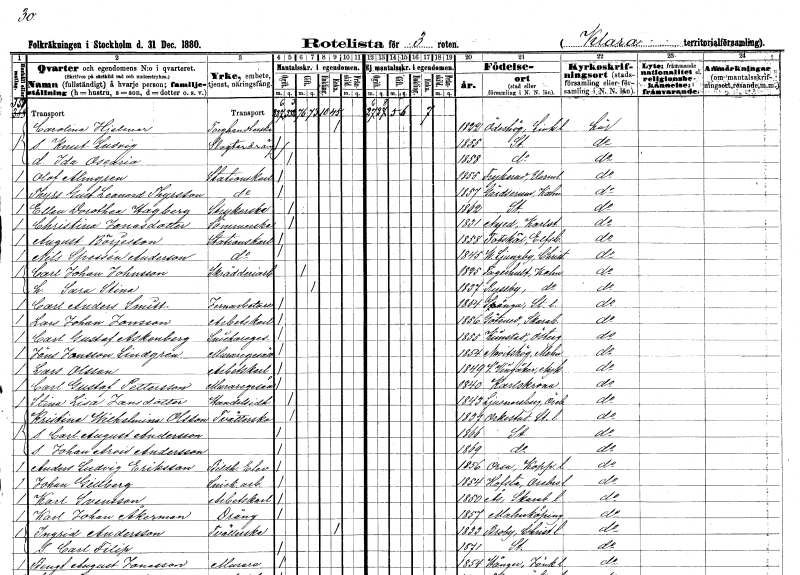
gt_parse: households: individuals: FN: Carolina
EN: Hjelmer
YRKE: Torghandlare
KON: K
CIV: E
FODAR: 1822
FODFORS: Ödeshög Östergötlands län
FN: Knut Ludvig
YRKE: Slaktardräng
KON: M
CIV: O
FODAR: 1855
FODFORS: Stockholm
FN: Ida Oscaria
KON: K
CIV: O
FODAR: 1858
FODFORS: Stockholm
FN: Olof
EN: Almgren
YRKE: Stationskarl
KON: M
CIV: O
FODAR: 1855
FODFORS: Frykerud Värmlands län
FN: Thyrs Gustaf Leonard
EN: Thyrsson
YRKE: Stationskarl
KON: M
CIV: O
FODAR: 1857
FODFORS: Gärdserum Östergötlands län
FN: Ellen Dorothea
EN: Hagberg
YRKE: Strykerska
KON: K
CIV: O
FODAR: 1862
FODFORS: Stockholm
FN: Christina
EN: Jonasdotter
YRKE: Sömmerska
KON: K
CIV: O
FODAR: 1831
FODFORS: Nyed Värmlands län
FN: August
EN: Börjesson
YRKE: Stationskarl
KON: M
CIV: O
FODAR: 1858
FODFORS: Fotskäl Älvsborgs län
FN: Nils
EN: Spessén Anderson
YRKE: Stationskarl
KON: M
CIV: O
FODAR: 1845
FODFORS: Västra Ljungby Kristianstads län
FN: Carl Johan
EN: Johnsson
YRKE: Skrädderiarbetare
KON: M
CIV: G
FODAR: 1825
FODFORS: Fagerhult Kalmar län
FN: Sara Stina
KON: K
CIV: G
FODAR: 1837
FODFORS: Ryssby Kalmar län
FN: Carl Anders
EN: Smitt
YRKE: Järnarbetare
KON: M
CIV: O
FODAR: 1854
FODFORS: Spånga Stockholms län
FN: Lars Johan
EN: Jonsson
YRKE: Arbetskarl
KON: M
CIV: O
FODAR: 1856
FODFORS: Götene Skaraborgs län
FN: Carl Gustaf
EN: Askenberg
YRKE: Snickaregesäll
KON: M
CIV: O
FODAR: 1855
FODFORS: Kimstad Östergötlands län
FN: Jöns
EN: Jansson Lindgren
YRKE: Muraregesäll
KON: M
CIV: O
FODAR: 1854
FODFORS: Nevishög Malmöhus län
FN: Lars
EN: Olsson
YRKE: Arbetskarl
KON: M
CIV: O
FODAR: 1849
FODFORS: Västra Vingåker Södermanlands län
FN: Carl Gustaf
EN: Pettersson
YRKE: Muraregesäll
KON: M
CIV: O
FODAR: 1840
FODFORS: Karlskrona Blekinge län
FN: Stina Lisa
EN: Jansdotter
YRKE: Handelsidkare
KON: K
CIV: O
FODAR: 1843
FODFORS: Ljusnarsberg Örebro län
FN: Kristina Wilhelmina
EN: Olsson
YRKE: Tvätterska
KON: K
CIV: O
FODAR: 1837
FODFORS: Orkesta Stockholms län
FN: Carl August
EN: Andersson
KON: M
CIV: O
FODAR: 1866
FODFORS: Stockholm
FN: Johan Arvid
EN: Andersson
KON: M
CIV: O
FODAR: 1869
FODFORS: Stockholm
FN: Anders Ludvig
EN: Eriksson
YRKE: Bildhuggareelev
KON: M
CIV: O
FODAR: 1856
FODFORS: Orsa Kopparbergs län
FN: Johan
EN: Gillberg
YRKE: Snickeriarbetare
KON: M
CIV: O
FODAR: 1854
FODFORS: Hovsta Örebro län
FN: Karl
EN: Svensson
YRKE: Arbetskarl
KON: M
CIV: O
FODAR: 1850
FODFORS: Ås Skaraborgs län
FN: Karl Johan
EN: Åkerman
YRKE: Dräng
KON: M
CIV: O
FODAR: 1857
FODFORS: Malmköping Södermanlands län
FN: Ingrid
EN: Andersson
YRKE: Tvätterska
KON: K
CIV: E
FODAR: 1833
FODFORS: Broby Kristianstads län
FN: Carl Filip
KON: M
CIV: O
FODAR: 1871
FODFORS: Stockholm
FN: Bengt August
EN: Jonasson
YRKE: Murare
KON: M
CIV: O
FODAR: 1854
FODFORS: Hånger Jönköpings län